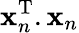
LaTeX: {\mathbf x}_{n}^{\mathrm{T}}.{\mathbf x}_{n}